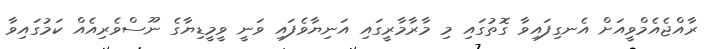
ރާއްޖެއެމްވީއަށް އެނގިފައިވާ ގޮތުގައި މި މާރާމާރީގައި އަނިޔާވެފައި ވަނީ ވީމީޑިޔާގެ ނޫސްވެރިއެއް ކަމުގައިވާ